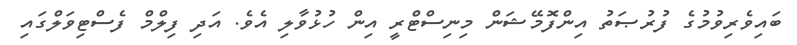
ބައިވެރިވުމުގެ ފުރުޞަތު އިންފޮމޭޝަން މިނިސްޓްރީ އިން ހުޅުވާލި އެވެ. އަދި ފިލްމް ފެސްޓިވަލްގައި